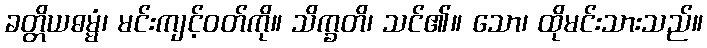
ခတ္တိယဓမ္မံ၊ မင်းကျင့်ဝတ်ကို။ သိက္ခတိ၊ သင်၏။ သော၊ ထိုမင်းသားသည်။